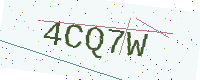
Text: 4CQ7W